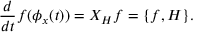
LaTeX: { \frac { d } { d t } } f ( \phi _ { x } ( t ) ) = X _ { H } f = \{ f , H \} .